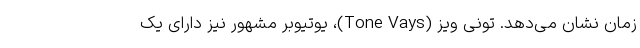
زمان نشان می‌دهد. تونی ویز (Tone Vays)، یوتیوبر مشهور نیز دارای یک